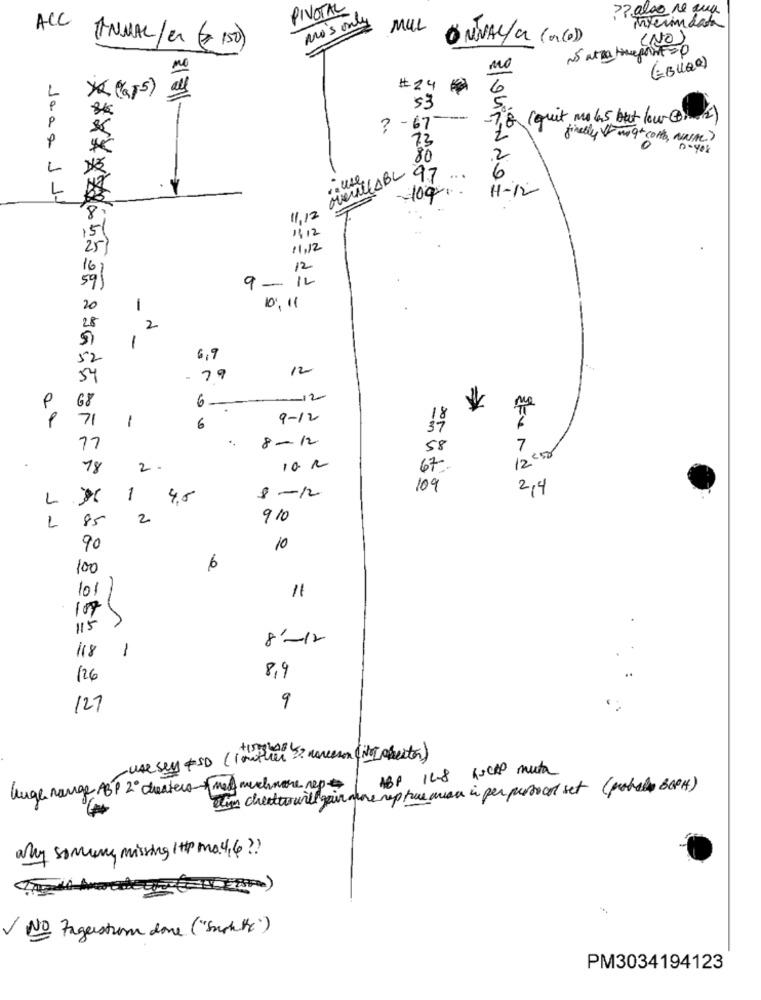
PIVOTAL
?? also re rua
mo's only
MUL
interindata
ONVAL/ a (no)
(NO)
ALL ANUAL/CM ( 150)
(EBULQe)
# 24
6
ye (6 5)
8€
21011-
53
-7,8 (quit no 45 but lower
P
? - 67
finally VFm 9 + CONS, NINA)
23
0 - 408
80
2
L
. use,
overallABL 97
...
6
H-12
109 ..
11.12
1412
11.12
12
9- 12
20
-
16.11
28
2
1
52
6,9
12
54
- 79
-- 12
P
68
6 --
71
1
9-12
6
8-12
17
******* OFF
58
7
12 :50
18
2.
67.
109
2,4
L
1
8-12
85
2
910
L
90
10
100
101
=
107
115
8-12
118
1
126
8,9
127
9
-use sey +SD ( lowther ?? merceson (it chester)
ABP 14-8 KSCAP muta
huge range ABP 2º cheaters +med muchmore rep
tien chetto will gain more rep twe man in per persoon set (portal BOCH)
why soming missing It may , 6 ? ?
-.
V No fagerstrom done ("Suchte")
PM3034194123